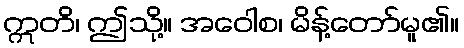
ဣတိ၊ ဤသို့။ အဝေါစ၊ မိန့်တော်မူ၏။